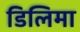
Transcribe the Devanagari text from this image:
डिलिमा